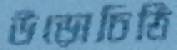
উড়োচিঠি